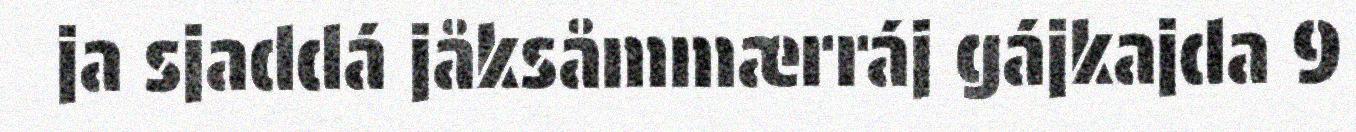
ja sjaddá jåksåmmærráj gájkajda 9